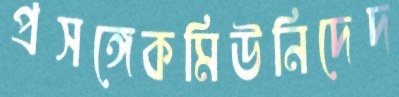
প্রসঙ্গেকমিউনিদেদ